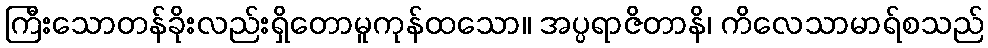
ကြီးသောတန်ခိုးလည်းရှိတောမူကုန်ထသော။ အပ္ပရာဇိတာနိ၊ ကိလေသာမာရ်စသည်